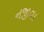
નજીવા